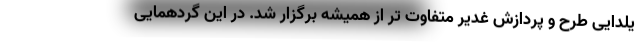
یلدایی طرح و پردازش غدیر متفاوت تر از همیشه برگزار شد. در این گردهمایی